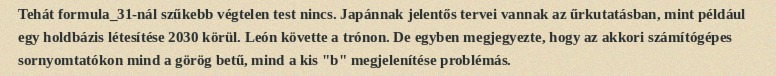
Tehát formula_31-nál szűkebb végtelen test nincs. Japánnak jelentős tervei vannak az űrkutatásban, mint például egy holdbázis létesítése 2030 körül. León követte a trónon. De egyben megjegyezte, hogy az akkori számítógépes sornyomtatókon mind a görög betű, mind a kis "b" megjelenítése problémás.